Lunatic asylums Punjab 1895-1910 - 1895-1910
Year: 1895
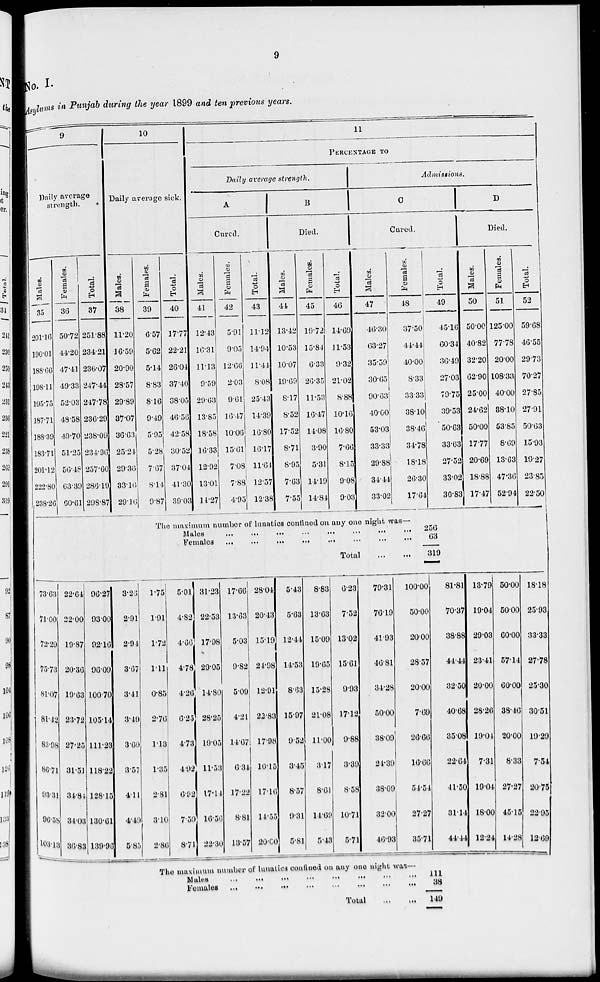
9
No. I.
Asylums in Punjab during the year 1899 and ten previous years.
9
Daily average
strength.
Males.
35
201.16
190.01
188.66
198.11
195.75
187.71
188.39
183.71
201.12
222.80
238.26
Females.
36
50.72
44.20
47.41
49.33
52.03
48.58
49.70
51.25
56.48
63.39
60.61
Total.
37
251.88
234.21
236.07
247.44
247.78
236.29
238.09
234.96
257.60
286.19
298.87
10
Dailyaverage sick.
Males.
38
11.20
16.59
20.90
28.57
29.89
37.07
36.63
25.24
29.36
33.16
29.16
73.63
71.00
72.20
75.73
81.07
31.42
83.98
86.71
93.31
96.58
103.13
22.64
22.00
19.87
20.36
19.63
23.72
27.25
31.51
34.84
34.03
36.83
96.27
93.00
92.16
96.09
100.70
105.14
111.23
118.22
128.15
130.61
139.96
3.20
2.91
2.94
3.67
3.41
3.49
3.60
3.57
4.11
4.49
5.83
Females.
39
6.57
5.62
5.14
8.83
8.16
9.49
5.95
5.28
7.07
814
9.87
Total.
40
17.77
22.21
26.04
37.40
38.05
46.56
42.58
30.52
37.04
41.30
39.03
11
PERCENTAGE TO
Daily average strength.
A
Cured.
Males.
41
12.43
16.31
11.13
9.59
29.63
13.85
18.58
16.33
12.92
13.01
14.27
Females.
42
5.91
9.05
12.66
2.03
9.61
16.47
10.06
15.61
7.08
7.88
4.95
Total.
43
11.12
14.94
11.44
8.08
2543
14.39
16.80
16.17
11.64
12.57
12.38
B
Died.
Males.
44
13.42
10.53
10.07
19.69
8.17
8.52
17.52
8.71
8.95
7.63
7.55
Females.
45
19.72
15.84
6.33
20.35
11.53
16.47
14.08
3.90
5.31
14.19
14.84
Total.
46
14.69
11.53
9.32
21.02
8.88
10.16
16.80
7.66
8.15
9.08
9.03
Admissions.
C
Cured.
Males.
47
46.30
63.27
35.59
30.65
90.63
40.00
53.03
33.33
29.88
34.44
33.02
Females.
48
37.50
44.44
40.00
8.33
33.33
38.10
38.46
34.78
18.18
26.30
17.64
Total.
49
45.16
60.34
36.49
27.03
79.75
39.53
50.63
33.63
27.52
33.02
30.83
The maximum number of lunatics confined on any one night viras—
Males
...
...
... ... .... ... ... ...
Females
...
...
...
...
....
...
...
...
Total
...
...
256
63
319
1.75
1.91
1.72
1.11
0.85
2.70
1.13
1.35
2.81
3.10
2.86
5.01
4.82
4.66
4.78
4.26
6.25
4.73
4.92
6.92
7.59
8.71
31.23
22.53
17.98
29.05
14.80
28.25
19.05
11.53
17.14
16.56
22.30
17.66
13.63
5.03
9.82
5.09
4.21
14.67
6.34
17.22
8.81
13.57
28.04
20.43
15.19
24.98
12.91
22.83
17.98
10.15
17.16
14.55
20.00
5.43
5.63
12.44
14.53
8.63
15.97
9.52
3.45
8.57
9.31
5.81
8.83
13.63
15.09
19.65
15.28
21.08
11.00
3.17
8.61
14.09
6.43
6.23
7.52
13.02
15.61
9.93
17.12
9.88
3.39
8.58
10.71
5.71
79.31
76.19
41.93
46.81
34.28
50.00
38.09
24.39
38.09
32.00
46.93
100.00
50.00
20.00
28.57
20.00
7.69
26.66
16.66
54.54
27.27
35.71
81.81
70.37
38.88
44.44
32.50
40.68
35.08
22.64
41.50
31.14
44.44
D
Died.
Males.
50
50.00
40.82
32.20
62.90
25.00
24.62
50.00
17.77
20.69
18.88
17.47
Females.
51
125.00
77.78
20.00
108.33
40.00
38.10
53.85
8.69
13.63
47.36
52.94
Total.
52
59.68
46.55
29.73
70.27
27.85
27.91
50.63
15.93
19.27
23.85
22.50
13.79
19.04
29.03
23.41
20.00
28.26
19.04
7.31
19.04
18.00
12.24
50.00
50.00
60.00
6714
60.00
38.46
20.00
8.33
27.27
45.15
14.28
18.18
25.93
33.33
27.78
25.30
30.51
19.29
7.54
20.76
22.95
13.69
The maximum number of lunaties couflaed on any one night was—
Males
...
...
...
...
...
...
...
...
Females
...
...
...
...
...
...
...
...
Total
...
...
111
38
149